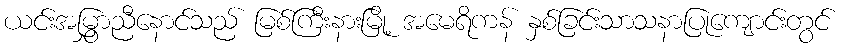
ယင်းအမြွှာညီနောင်သည် မြစ်ကြီးနားမြို့ အမေရိကန် နှစ်ခြင်းသာသနာပြုကျောင်းတွင်